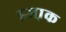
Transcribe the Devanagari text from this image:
इजा़क